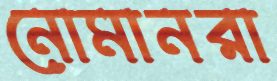
নোমানরা